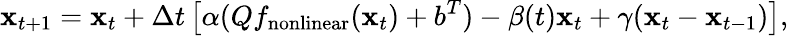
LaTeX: {\mathbf x}_{t+1}={\mathbf x}_{t}+\Delta t\left[\alpha(Qf_{\mathrm{nonlinear}}({\mathbf x}_{t})+b^{T})-\beta(t){\mathbf x}_{t}+\gamma({\mathbf x}_{t}-{\mathbf x}_{t-1})\right],